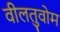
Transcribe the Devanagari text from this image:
वीलतुवोम